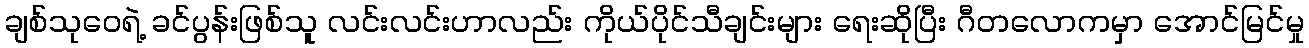
ချစ်သုဝေရဲ့ ခင်ပွန်းဖြစ်သူ လင်းလင်းဟာလည်း ကိုယ်ပိုင်သီချင်းများ ရေးဆိုပြီး ဂီတလောကမှာ အောင်မြင်မှု